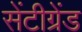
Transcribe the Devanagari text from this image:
सेंटीग्रेंड